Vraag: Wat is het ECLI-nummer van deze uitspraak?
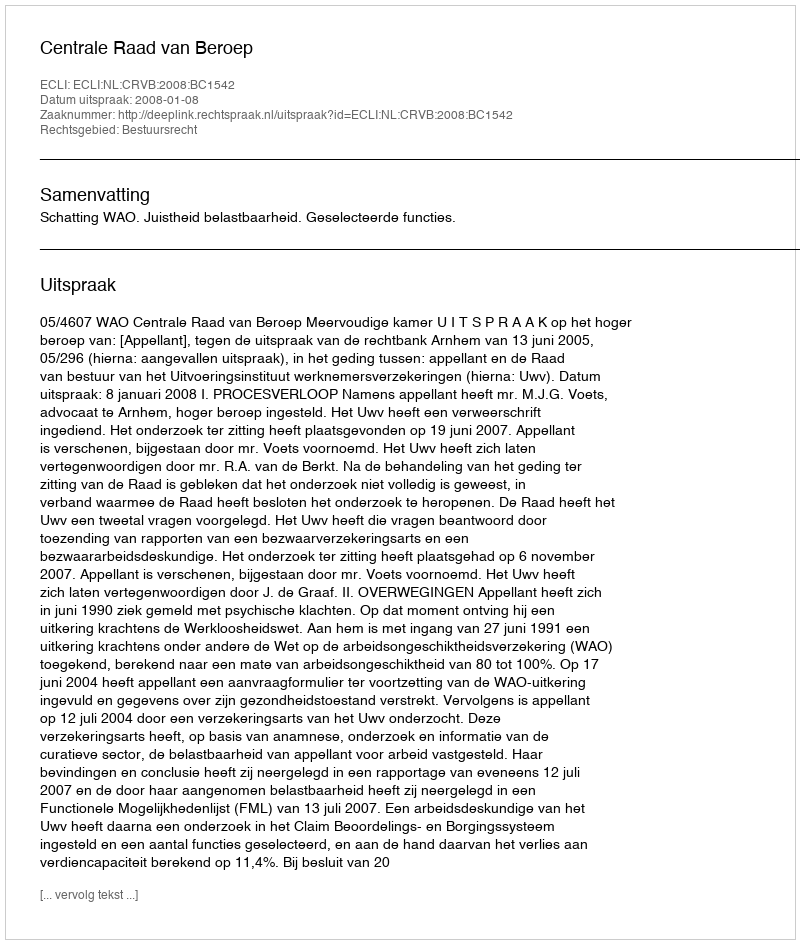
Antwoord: ECLI:NL:CRVB:2008:BC1542